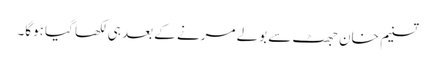
تسنیم خان جھٹ سے بولے مرنے کے بعد ہی لکھا گیا ہوگا۔